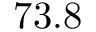
7 3 . 8